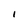
Character: 1